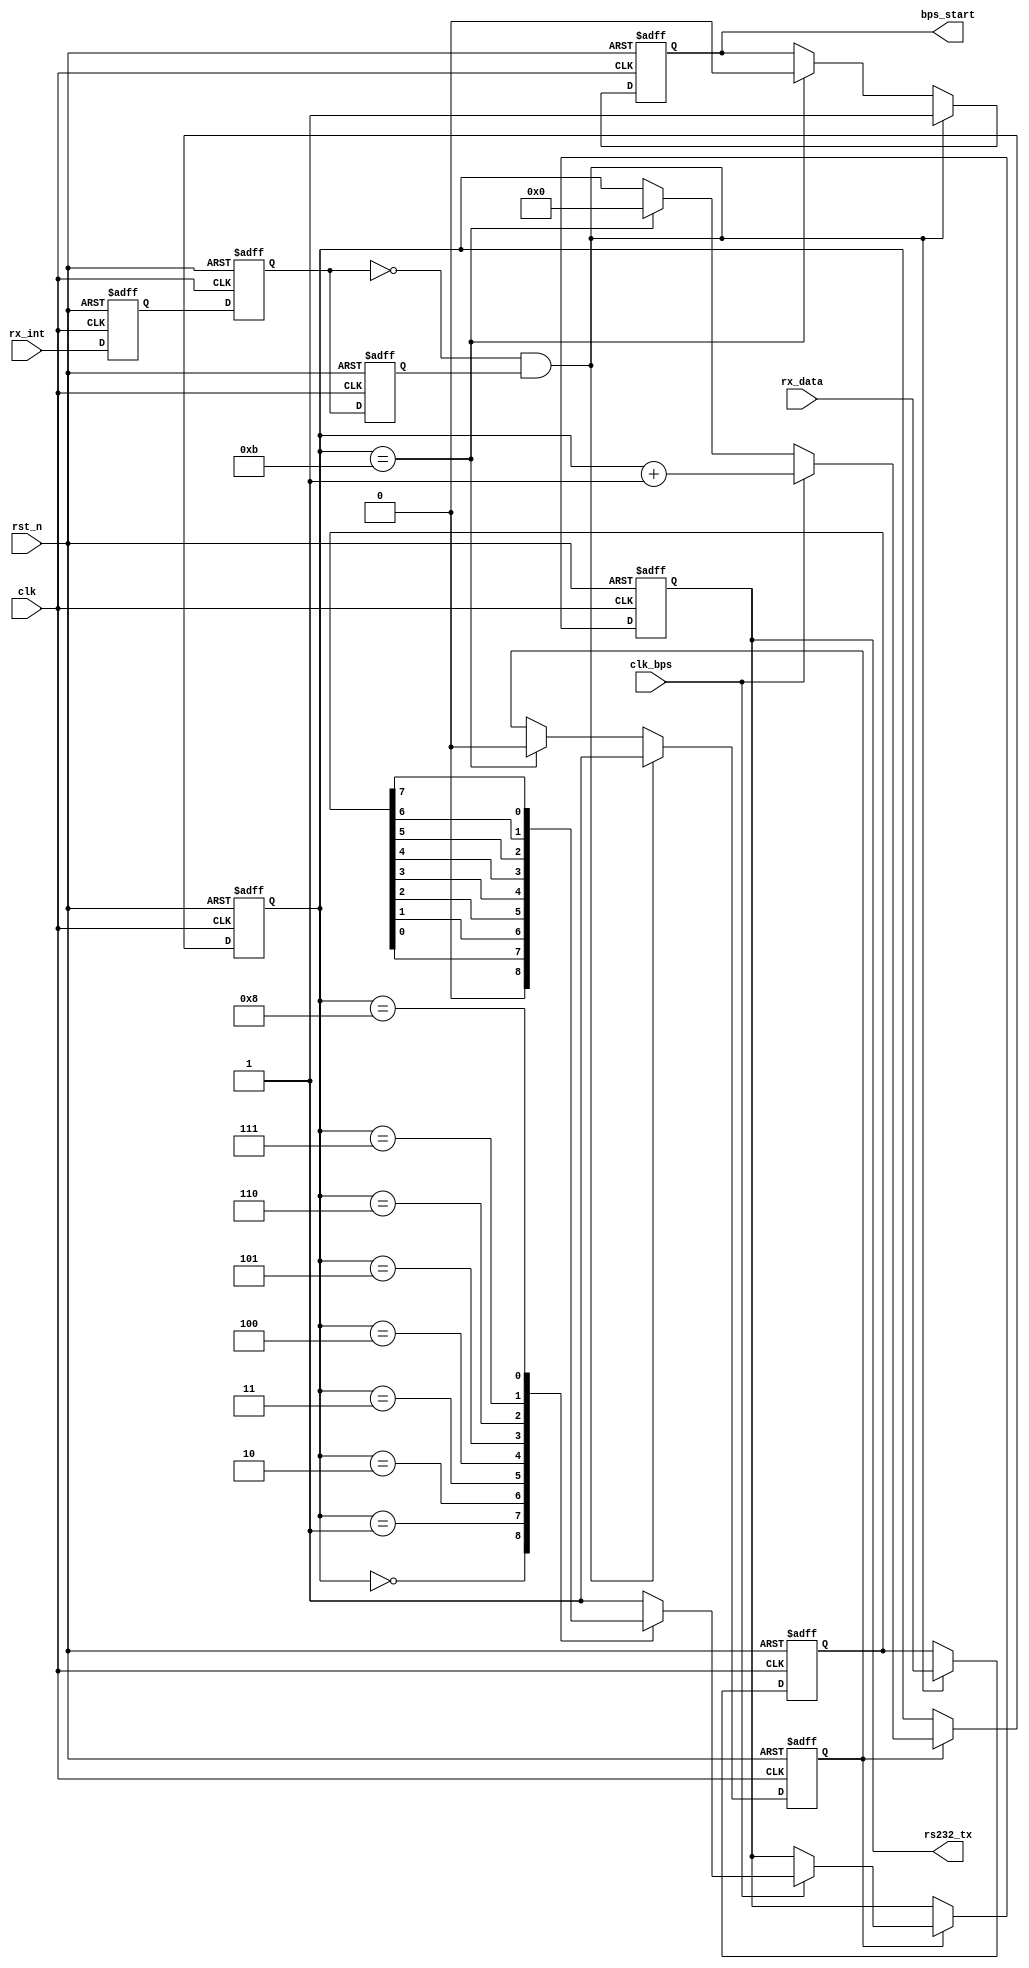

module my_uart_tx(
				clk,rst_n,
				rx_data,rx_int,rs232_tx,
				clk_bps,bps_start
			);

input clk;			// 50MHz
input rst_n;		 
input clk_bps;		 
input[7:0] rx_data; 
input rx_int;		 
output rs232_tx;	 
output bps_start;	 

//---------------------------------------------------------
reg rx_int0,rx_int1,rx_int2;	 
wire neg_rx_int;	 

always @ (posedge clk or negedge rst_n) begin
	if(!rst_n) begin
			rx_int0 <= 1'b0;
			rx_int1 <= 1'b0;
			rx_int2 <= 1'b0;
		end
	else begin
			rx_int0 <= rx_int;
			rx_int1 <= rx_int0;
			rx_int2 <= rx_int1;
		end
end

assign neg_rx_int =  ~rx_int1 & rx_int2;	 
//---------------------------------------------------------
reg[7:0] tx_data; 
//---------------------------------------------------------
reg bps_start_r;
reg tx_en;	 
reg[3:0] num;

always @ (posedge clk or negedge rst_n) begin
	if(!rst_n) begin
			bps_start_r <= 1'bz;
			tx_en <= 1'b0;
			tx_data <= 8'd0;
		end
	else if(neg_rx_int) begin	 
			bps_start_r <= 1'b1;
			tx_data <= rx_data;	 
			tx_en <= 1'b1;		 
		end
	else if(num==4'd11) begin	 
			bps_start_r <= 1'b0;
			tx_en <= 1'b0;
		end
end

assign bps_start = bps_start_r;

//---------------------------------------------------------
reg rs232_tx_r;

always @ (posedge clk or negedge rst_n) begin
	if(!rst_n) begin
			num <= 4'd0;
			rs232_tx_r <= 1'b1;
		end
	else if(tx_en) begin
			if(clk_bps)	begin
					num <= num+1'b1;
					case (num)
						4'd0: rs232_tx_r <= 1'b0;  
						4'd1: rs232_tx_r <= tx_data[0];	 
						4'd2: rs232_tx_r <= tx_data[1];	 
						4'd3: rs232_tx_r <= tx_data[2];	 
						4'd4: rs232_tx_r <= tx_data[3];	 
						4'd5: rs232_tx_r <= tx_data[4];	 
						4'd6: rs232_tx_r <= tx_data[5];	 
						4'd7: rs232_tx_r <= tx_data[6]; 
						4'd8: rs232_tx_r <= tx_data[7];	 
						4'd9: rs232_tx_r <= 1'b1;	 
					 	default: rs232_tx_r <= 1'b1;
						endcase
				end
			else if(num==4'd11) num <= 4'd0; 
		end
end

assign rs232_tx = rs232_tx_r;

endmodule